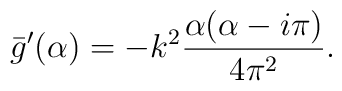
\bar g^\prime(\alpha )=-k^2{\alpha (\alpha -i\pi )\over 4\pi^2}.